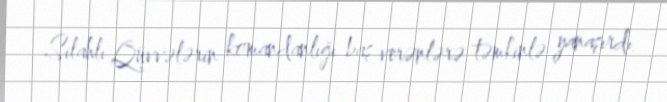
Silahlı Qüvvələrin komandanlığı baş verənlərə təmkinlə yanaşırdı.